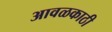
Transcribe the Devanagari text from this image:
आवळकाठी